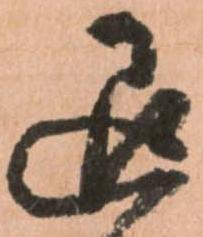
退